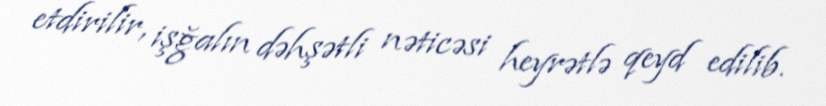
etdirilir, işğalın dəhşətli nəticəsi heyrətlə qeyd edilib.